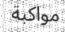
مواكبة